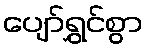
ပျော်ရွှင်စွာ